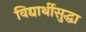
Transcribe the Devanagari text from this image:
विद्यार्थीसुद्धा